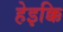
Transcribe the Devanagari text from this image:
हेइक्कि